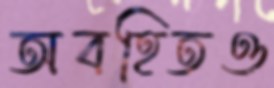
অবহিতও